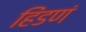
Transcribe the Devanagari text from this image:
हिंडणं